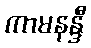
ကာမနန္ဒီ